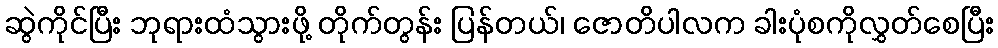
ဆွဲကိုင်ပြီး ဘုရားထံသွားဖို့ တိုက်တွန်း ပြန်တယ်၊ ဇောတိပါလက ခါးပုံစကိုလွှတ်စေပြီး